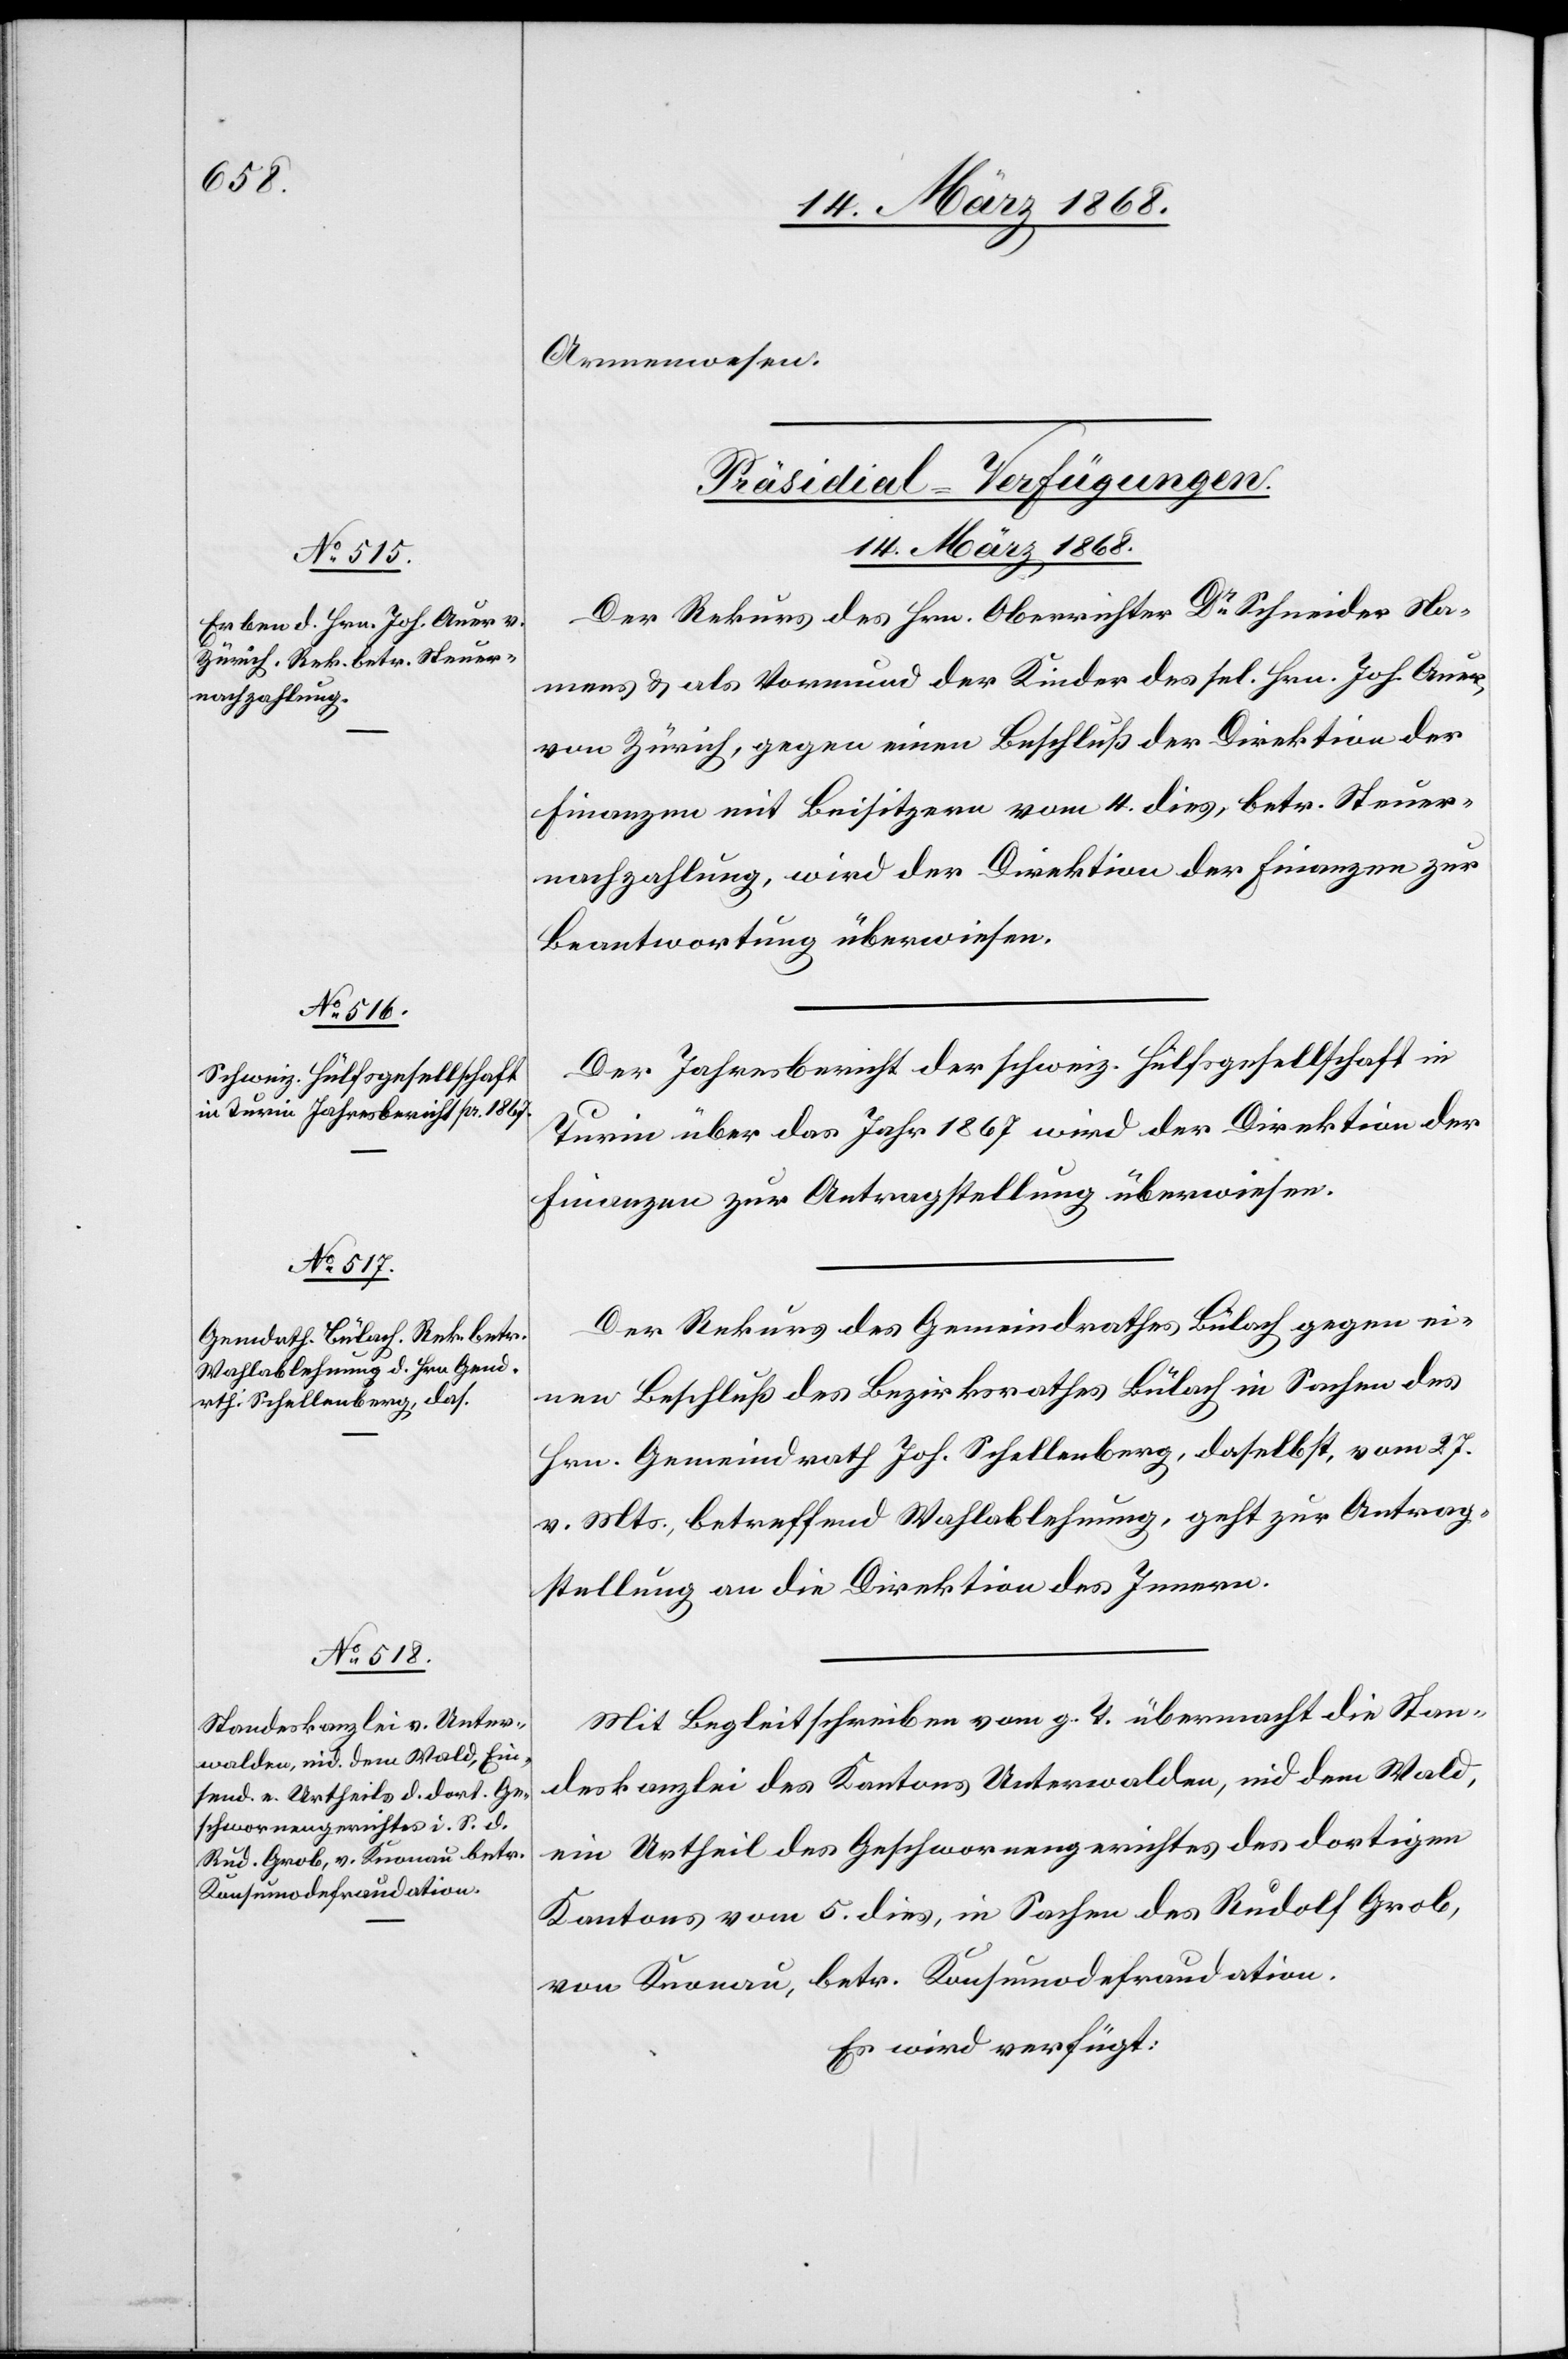
Armenwesen.
[Präsidial-Verfügungen.
14. März 1868.]
Der Rekurs des Hrn. Oberrichter Dr. Schneider Na¬
mens & als Vormund der Kinder des sel. Hrn. Joh. Auer,
von Zürich, gegen einen Beschluß der Direktion der
Finanzen mit Beisitzern vom 4. dies, betr. Steuer¬
nachzahlung, wird der Direktion der Finanzen zur
Beantwortung überwiesen.
Der Jahresbericht der schweiz. Hülfsgesellschaft in
Turin über das Jahr 1867 wird der Direktion der
Finanzen zur Antragstellung überwiesen.
Der Rekurs des Gemeindrathes Bülach gegen ei¬
nen Beschluß des Bezirksrathes Bülach in Sachen des
Hrn. Gemeindrath Joh. Schellenberg, daselbst, vom 27.
v. Mts., betreffend Wahlablehnung, geht zur Antrag¬
stellung an die Direktion des Innern.
Mit Begleitschreiben vom g. T. übermacht die Stan¬
deskanzlei des Kantons Unterwalden, nid dem Wald,
ein Urtheil des Geschwornengerichtes des dortigen
Kantons vom 5. dies, in Sachen des Rudolf Grob,
von Knonau, betr. Konsumodefraudation.
Es wird verfügt: